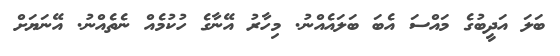
ބަލަ އަދީބުގެ މައްސަ އެބަ ބަލައެއްނު. މިހާރު އޭނާގެ ހުކުމެއް ނެތެއްނު. އޭނަޔަށް